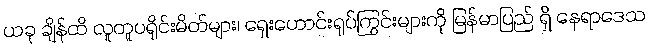
ယခု ချိန်ထိ လူတူပရိုင်းမိတ်များ၊ ရှေးဟောင်းရုပ်ကြွင်းများကို မြန်မာပြည် ရှိ နေရာဒေသ